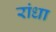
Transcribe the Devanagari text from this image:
रांधा